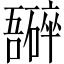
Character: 𫬮